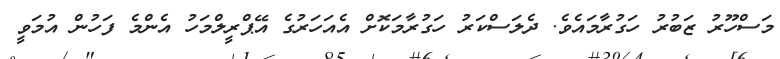
މަސްހޫރު ޒަބުރު ހަގުރާމައެވެ. ދެލަސްކަރު ހަގުރާމަކޮށް އެއަހަރުގެ އޭޕްރީލްމަހު އެންމެ ފަހުން އުމަވީ